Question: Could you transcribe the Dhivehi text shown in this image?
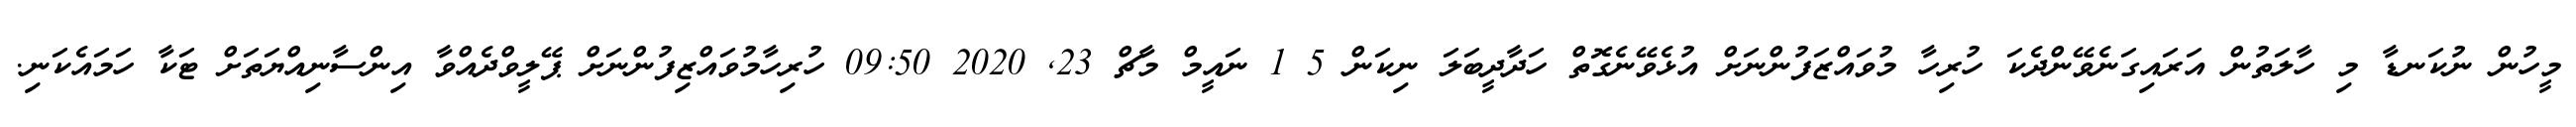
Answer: މީހުން ނުކަނޑާ މި ހާލަތުން އަރައިގަނެވޭންދެކަ ހުރިހާ މުވައްޒަފުންނަށް އުޅެވޭނެގޮތް ހަދާދީބަލަ ނިކަން 5 1 ނައީމް މާޗް 23, 2020 09:50 ހުރިހާމުވައްޒިފުންނަށް ޕޭލީވްދެއްވާ އިންސާނިއްޔަތަށް ޓަކާ ހަމައެކަނި.